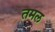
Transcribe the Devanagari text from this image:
तमल